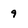
Character: 9